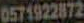
0571922872